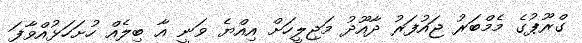
ގްރޫޕުގެ މެމްބަރު ޖައުފަރު ދާއޫދު މަޖިލީހަށް އިއްޔެ ވަނީ އާ ބިލެއް ހުށަހަޅުއްވާފަ